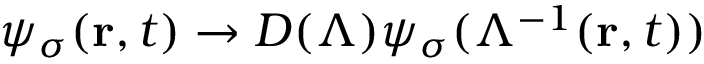
\psi _ { \sigma } ( \mathbf { r } , t ) \rightarrow D ( \Lambda ) \psi _ { \sigma } ( \Lambda ^ { - 1 } ( \mathbf { r } , t ) )